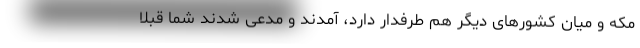
مکه و میان کشورهای دیگر هم طرفدار دارد، آمدند و مدعی شدند شما قبلاً